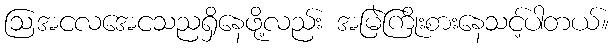
ဩအငလအေငသညရှိနေဖို့လည်း အမြဲကြိုးစားနေသင့်ပါတယ်။